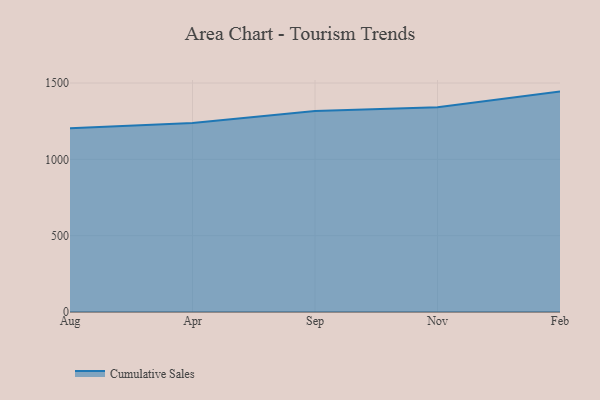
{"axis": {"x": "Month", "y": "Market Share (%)"}, "legend": ["Cumulative Sales"], "data": [{"x": "Aug", "y": 1202.9, "type": "Cumulative Sales"}, {"x": "Apr", "y": 1237.8, "type": "Cumulative Sales"}, {"x": "Sep", "y": 1316.8, "type": "Cumulative Sales"}, {"x": "Nov", "y": 1340.8, "type": "Cumulative Sales"}, {"x": "Feb", "y": 1443.8, "type": "Cumulative Sales"}]}